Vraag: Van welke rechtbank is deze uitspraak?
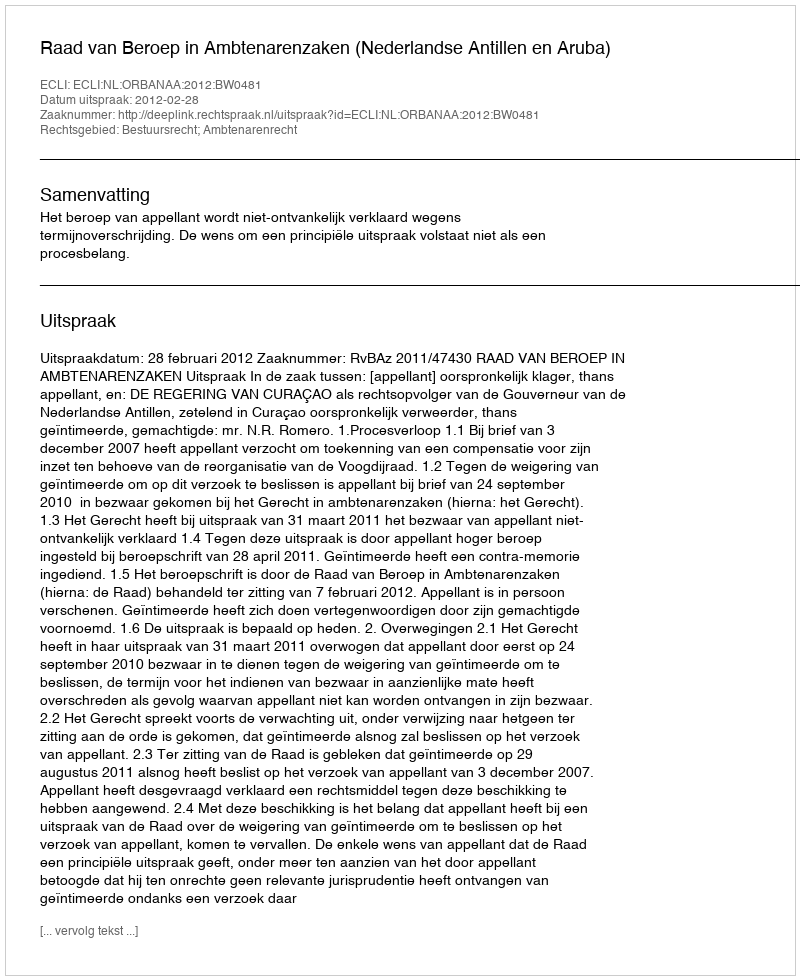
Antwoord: Raad van Beroep in Ambtenarenzaken (Nederlandse Antillen en Aruba)